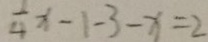
\frac { 1 } { 4 } x - 1 - 3 - x = 2